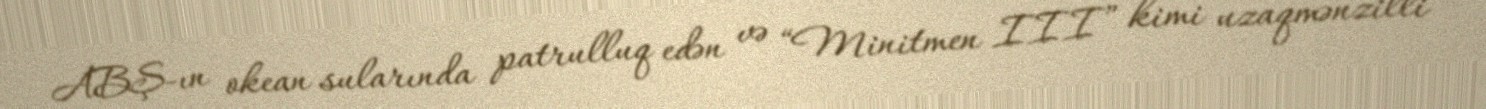
ABŞ-ın okean sularında patrulluq edən və “Minitmen III” kimi uzaqmənzilli